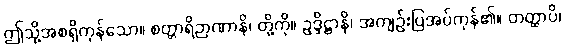
ဤသို့အစရှိကုန်သော။ စတ္တာရိဉာဏာနိ၊ တို့ကို။ ဥဒ္ဒိဋ္ဌာနိ၊ အကျဉ်းပြအပ်ကုန်၏။ တတ္ထာပိ၊